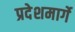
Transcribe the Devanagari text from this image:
प्रदेशमार्गे